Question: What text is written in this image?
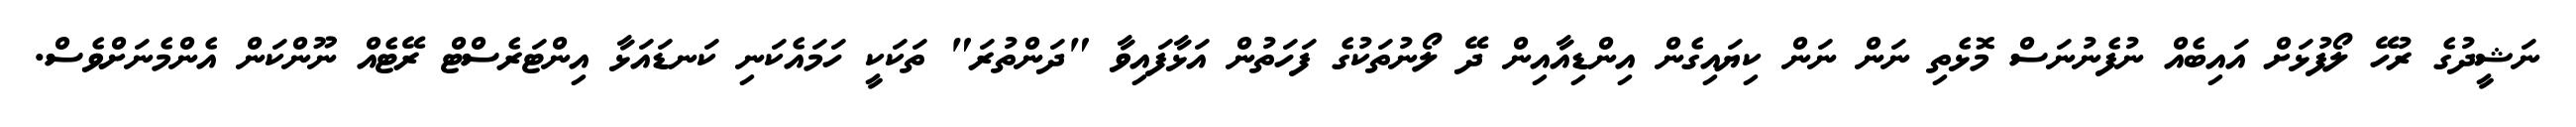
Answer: ނަޝީދުގެ ރުހޭ ލޯފުޅަށް އައިބެއް ނުފެނުނަސް މޮޅެތި ނަން ނަން ކިޔައިގެން އިންޑިއާއިން ދޭ ލޯނުތަކުގެ ފަހަތުން އަޅާފައިވާ "ދަންތުރަ" ތަކަކީ ހަމައެކަނި ކަނޑައަޅާ އިންޓަރެސްޓް ރޭޓެއް ނޫންކަން އެންމެނަށްވެސް.